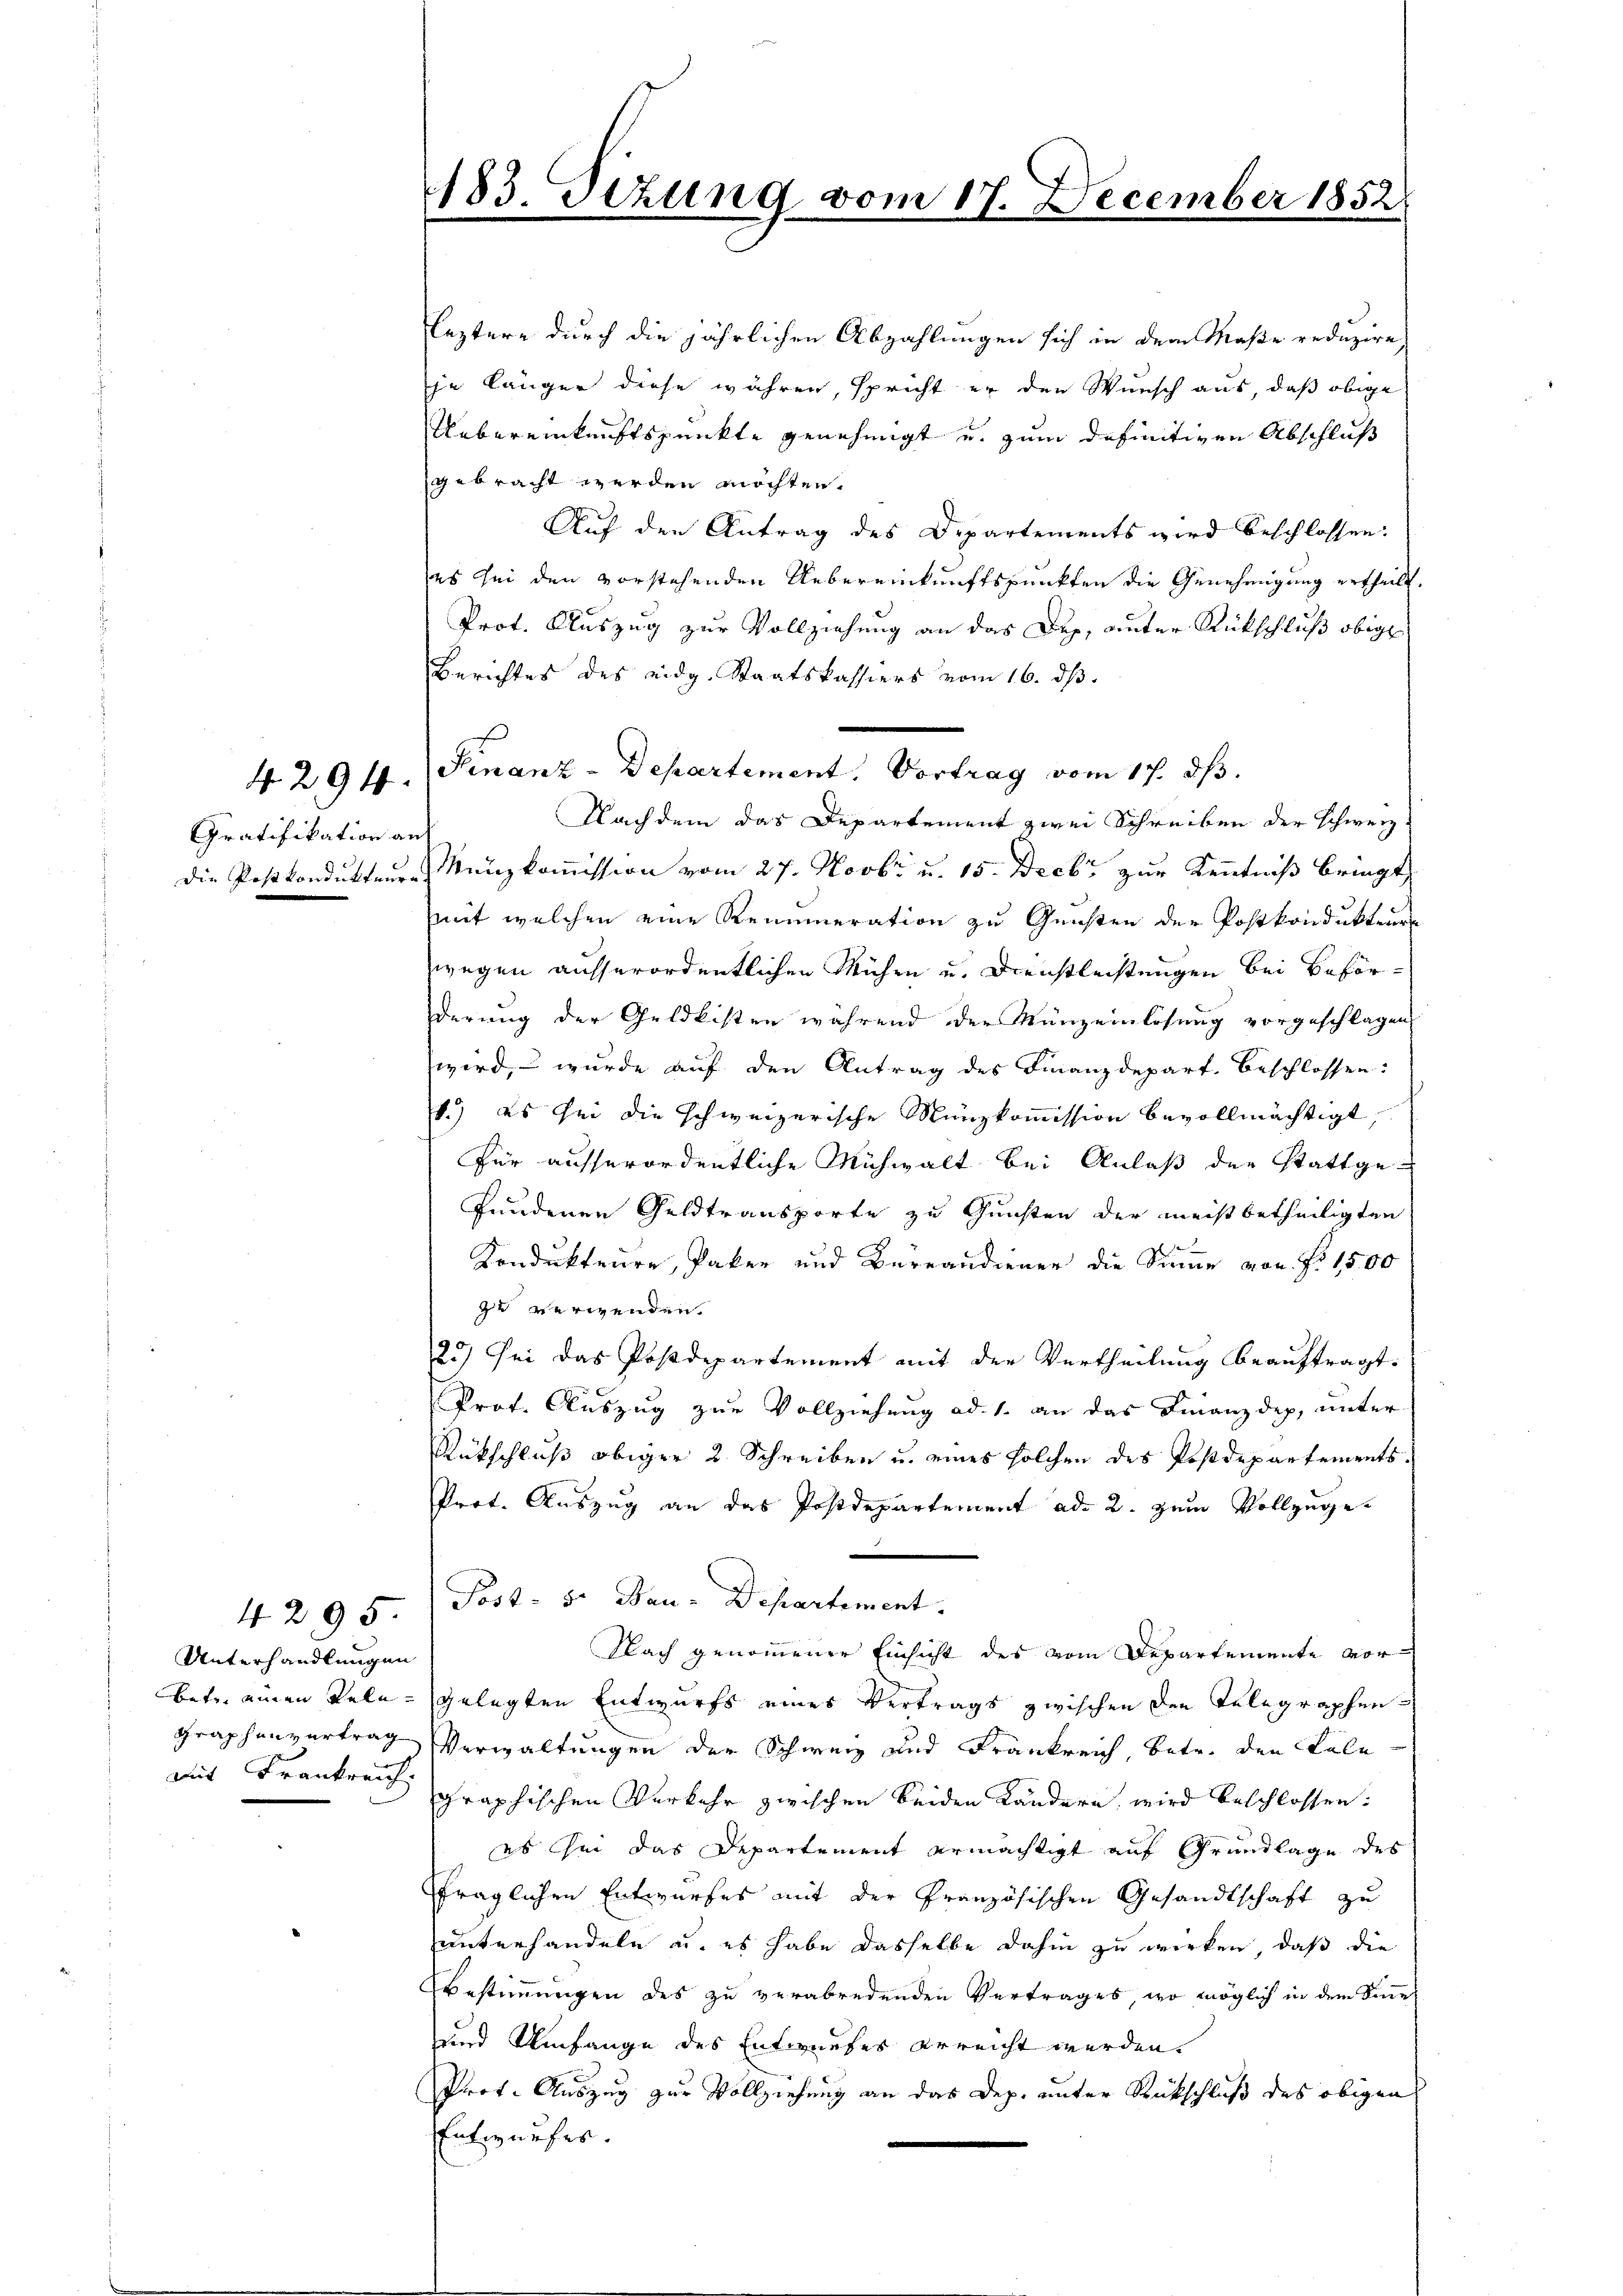
Gratifikation an

Unterhandlungen
mit Frankreich.

4295

leztere durch die jährlichen Abzahlungen sich in dem Maße reduzire,
je länger diese währen, spricht er den Wunsch aus, daß obige
Uebereinkunftspunkte genehmigt und zum definitiven Abschluß
gebracht werden möchten.
Auf den Antrag des Departements wird beschlossen:
es sei den vorstehenden Uebereinkunftspunkten die Genehmigung ertheilt.
Prot. Auszug zur Vollziehung an das Dep, unter Rückschluß obige
Berichtes des eidg. Staatskassiers vom 16. dβ.
Nachdem das Departement zwei Schreiben der Schwerz
die Postkondukteure Kunzkommission vom 27. Novbr u. 15. Decbr. zur Kenntniß bringt,
mit welchen eine Renumeration zu Gunsten der Postkondukteur
wegen ausserordentlichen Mühen u. Dienstleistungen bei Beförderung der Geldkisten während der Kunzeinlösung vorgeschlagen,
wird, – wurde auf den Antrag des Finanzdepart. Beschlossen:
1.) es sei die schweizerische Nunzkommission bevollmächtigt,
für ausserordentliche Mühwalt bei Anlaß der Stattgefundenen Geldtransporte zu Gunsten der meistbetheiligten
Kondukteure, Paker und Bureaudiener die Sinne von Fr. 1500
zu verwenden.
25) Sei das Postdepartement mit der Vertheilung beauftragt.
Prof. Auszug zur Vollziehung ad 1. an das Finanzdep, unter
Rückschluß obiger 2 Schreiben u. eines solchen des Postdepartements.
Prot. Auszug an das Postdepartement ad 2. zum Vollzuge¬
Post- 5. Bau-Departement.
Nach genommener Einsicht des vom Departemente vor
betr. einen Telegelegten Entwurfs eines Vertrags zwischen den Telegraphen
Graphenvertrag Verwaltungen der Schweiz und Frankreich betr. den Fale
graphischen Verkehr zwischen beiden Landern wird beschlossen:
es sei das Departement ermächtigt auf Grundlage des
fraglichen Entwurfes mit der Französischen Gesandtschaft zu
unterhandeln u. es habe dasselbe dahin zu wirken, daß die
Bestimmungen des zu verabredenden Vertrages, wo möglich in dem Sinne
und Umfange des Entwurfes erreicht werden.
Prot. Auszug zur Vollziehung an das Dep. unter Rückschluß des obigen
Entwurfes.

183. Sizung vom 17. Decembe

4294. Finanz-Departement. Vortrag vom 17. ds.

1852